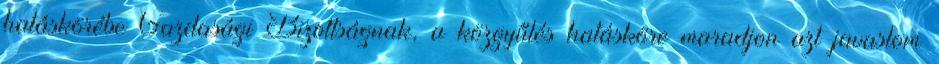
hatáskörébe Gazdasági Bizottságnak, a közgyűlés hatásköre maradjon azt javaslom